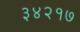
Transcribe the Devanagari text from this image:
३४२१७